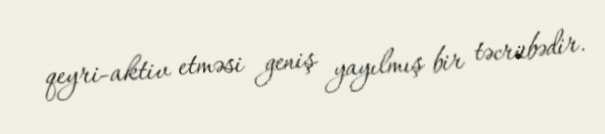
qeyri-aktiv etməsi geniş yayılmış bir təcrübədir.